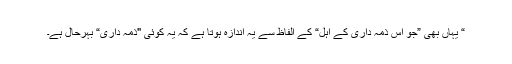
“ یہاں بھی ”جو اس ذمہ داری کے اہل“ کے الفاظ سے یہ اندازہ ہوتا ہے کہ یہ کوئی "ذمہ داری“ بہرحال ہے۔